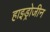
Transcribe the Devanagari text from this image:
हाइड्रोजीन